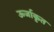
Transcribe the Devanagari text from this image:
ऊर्जाकृत